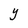
Character: Y